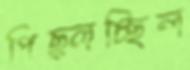
পিছ্‌লচ্ছিল